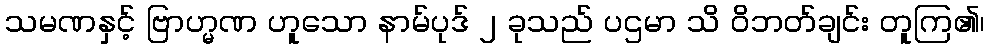
သမဏနှင့် ဗြာဟ္မဏ ဟူသော နာမ်ပုဒ် ၂ ခုသည် ပဌမာ သိ ဝိဘတ်ချင်း တူကြ၏၊